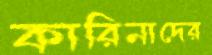
কারিনাদের